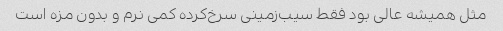
مثل همیشه عالی بود فقط سیب‌زمینی سرخ‌کرده کمی نرم و بدون مزه است